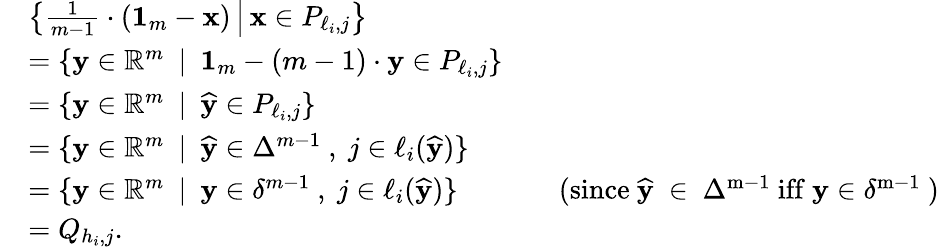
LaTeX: \begin{array}{rlrl}&{\left\{ \frac{1}{m-1}\cdot(\mathbf{1}_{m}-\mathbf{x})\, \middle|\, \mathbf{x}\in P_{\ell_{i},j}\right\} }\\ &{=\{ \mathbf{y}\in\mathbb{R}^{m}~~|~~\mathbf{1}_{m}-(m-1)\cdot\mathbf{y}\in P_{\ell_{i},j}\} }\\ &{=\{ \mathbf{y}\in\mathbb{R}^{m}~~|~~\widehat{\mathbf{y}}\in P_{\ell_{i},j}\} }\\ &{=\{ \mathbf{y}\in\mathbb{R}^{m}~~|~~\widehat{\mathbf{y}}\in\Delta^{m-1}~,~j\in\ell_{i}(\widehat{\mathbf{y}})\} }\\ &{=\{ \mathbf{y}\in\mathbb{R}^{m}~~|~~\mathbf{y}\in\delta^{m-1}~,~j\in\ell_{i}(\widehat{\mathbf{y}})\} }&&{\mathrm{(since~\widehat{\mathbf{y}}~\in~\Delta^{m-1}~iff~\mathbf{y}\in\delta^{m-1}~)}}\\ &{=Q_{h_{i},j}.}\end{array}